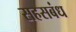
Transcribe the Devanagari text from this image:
सहसबंध